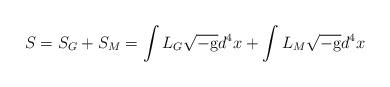
LaTeX: \begin{align*}S=S_G+S_M=\int L_G \sqrt{-\rm g} d^4x + \int L_M \sqrt{-\rm g} d^4x\ \end{align*}